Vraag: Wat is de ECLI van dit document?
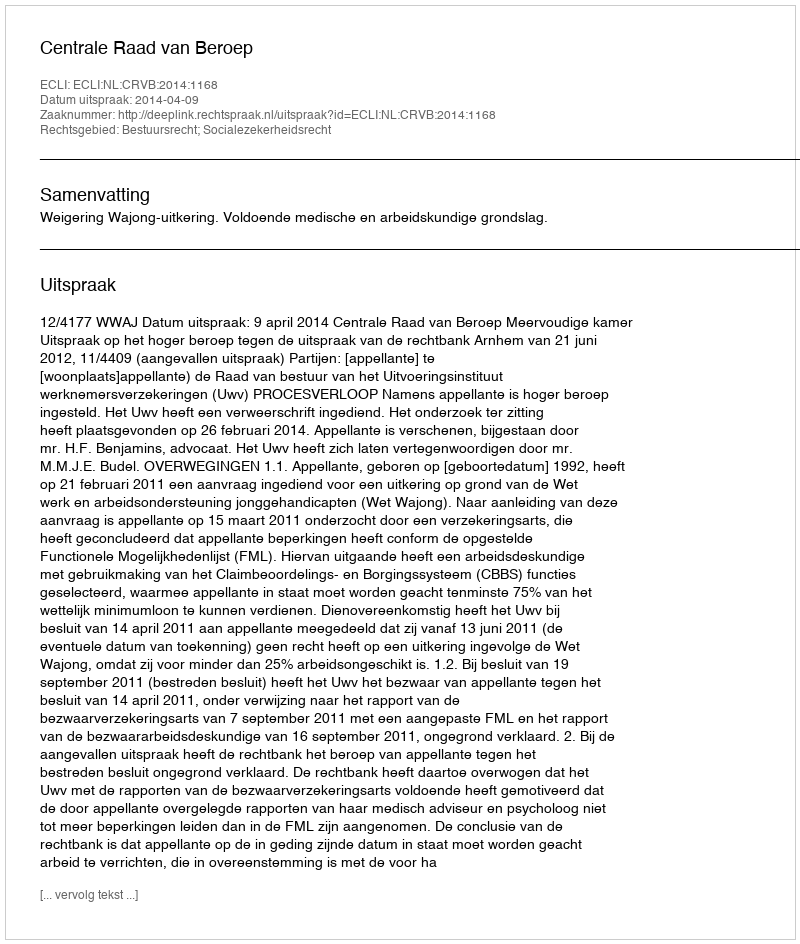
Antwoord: ECLI:NL:CRVB:2014:1168